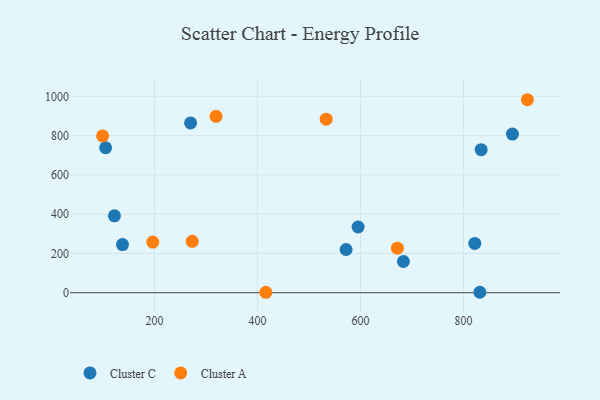
{"axis": {"x": "Experience", "y": "Exam Score"}, "legend": ["Cluster A", "Cluster C"], "data": [{"x": "831.7", "y": 2.3, "type": "Cluster C"}, {"x": "122.2", "y": 391.3, "type": "Cluster C"}, {"x": "683.3", "y": 158.9, "type": "Cluster C"}, {"x": "895.0", "y": 807.7, "type": "Cluster C"}, {"x": "834.3", "y": 728.2, "type": "Cluster C"}, {"x": "572.1", "y": 219.9, "type": "Cluster C"}, {"x": "105.1", "y": 738.2, "type": "Cluster C"}, {"x": "595.3", "y": 334.7, "type": "Cluster C"}, {"x": "821.9", "y": 251.2, "type": "Cluster C"}, {"x": "270.1", "y": 864.4, "type": "Cluster C"}, {"x": "137.9", "y": 245.1, "type": "Cluster C"}, {"x": "533.4", "y": 883.8, "type": "Cluster A"}, {"x": "416.2", "y": 2.2, "type": "Cluster A"}, {"x": "196.6", "y": 257.6, "type": "Cluster A"}, {"x": "924.0", "y": 982.7, "type": "Cluster A"}, {"x": "319.5", "y": 898.0, "type": "Cluster A"}, {"x": "273.3", "y": 261.4, "type": "Cluster A"}, {"x": "99.3", "y": 798.2, "type": "Cluster A"}, {"x": "671.6", "y": 226.9, "type": "Cluster A"}]}